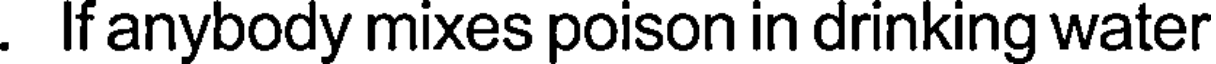
. If anybody mixes poison in drinking water